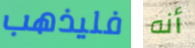
فليذهب أنه